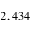
2 , 4 3 4